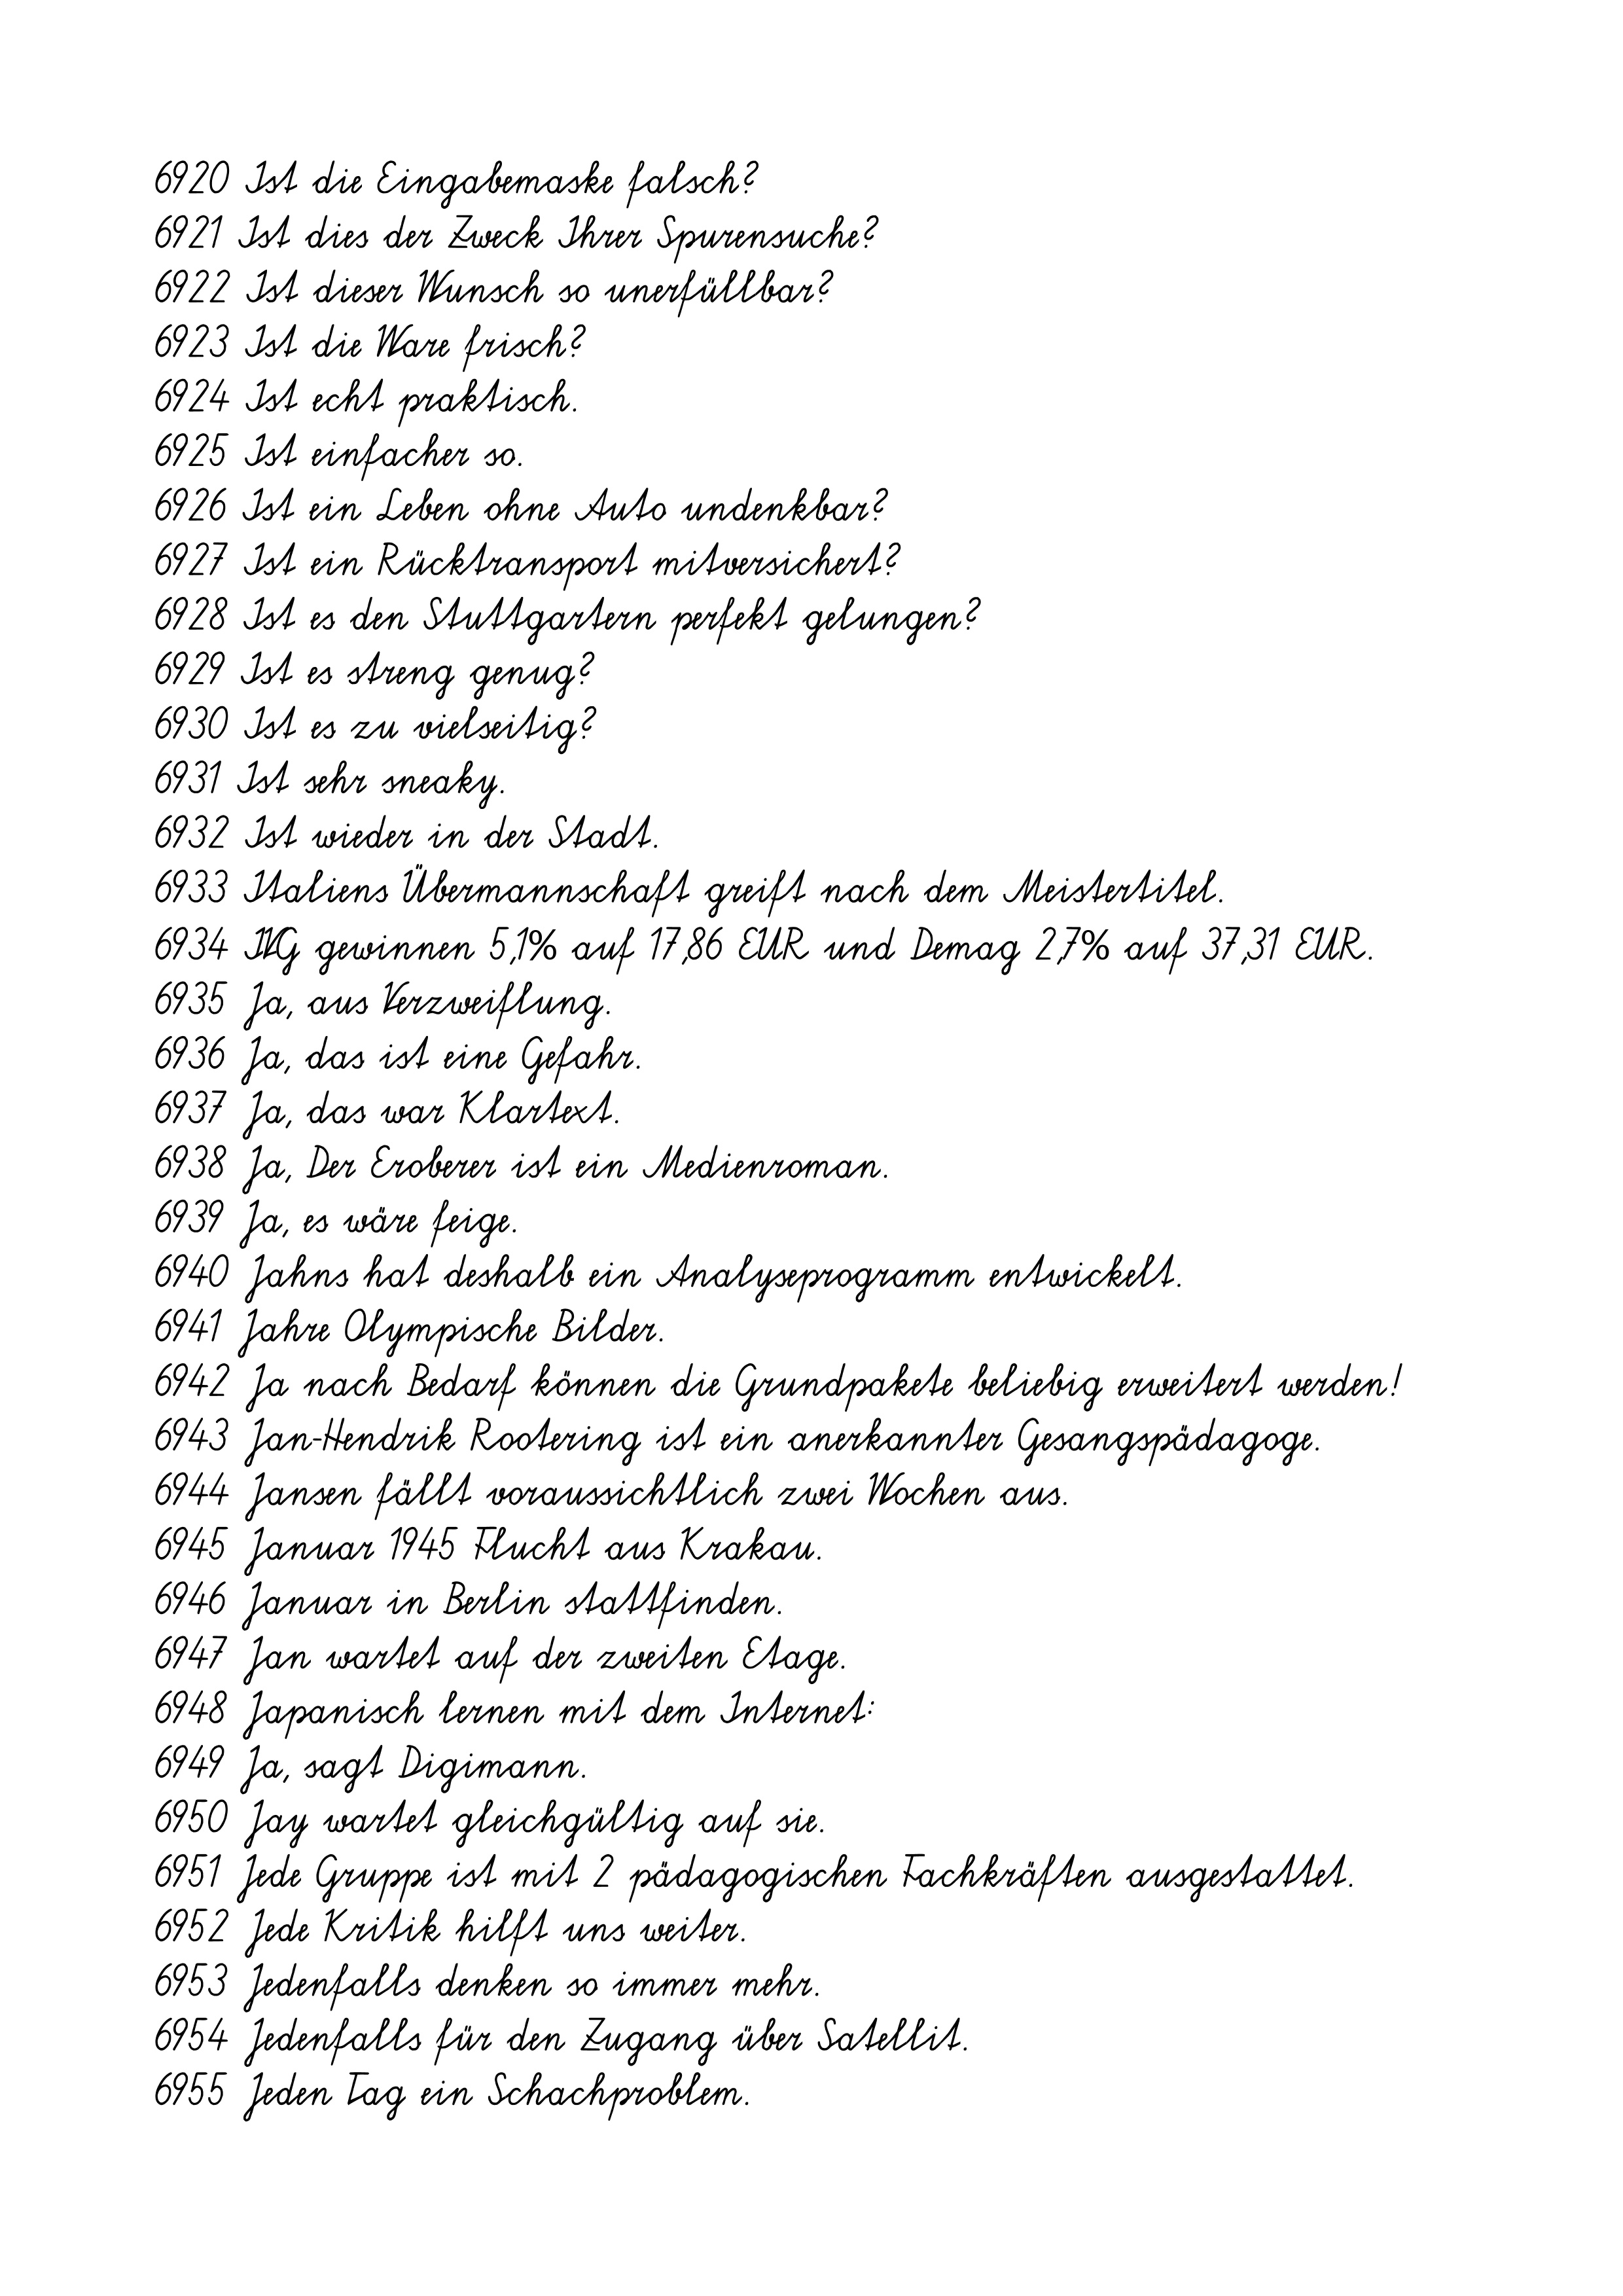
6920 Ist die Eingabemaske falsch?
6921 Ist dies der Zweck Ihrer Spurensuche?
6922 Ist dieser Wunsch so unerfüllbar?
6923 Ist die Ware frisch?
6924 Ist echt praktisch.
6925 Ist einfacher so.
6926 Ist ein Leben ohne Auto undenkbar?
6927 Ist ein Rücktransport mitversichert?
6928 Ist es den Stuttgartern perfekt gelungen?
6929 Ist es streng genug?
6930 Ist es zu vielseitig?
6931 Ist sehr sneaky.
6932 Ist wieder in der Stadt.
6933 Italiens Übermannschaft greift nach dem Meistertitel.
6934 IVG gewinnen 5,1% auf 17,86 EUR und Demag 2,7% auf 37,31 EUR.
6935 Ja, aus Verzweiflung.
6936 Ja, das ist eine Gefahr.
6937 Ja, das war Klartext.
6938 Ja, Der Eroberer ist ein Medienroman.
6939 Ja, es wäre feige.
6940 Jahns hat deshalb ein Analyseprogramm entwickelt.
6941 Jahre Olympische Bilder.
6942 Ja nach Bedarf können die Grundpakete beliebig erweitert werden!
6943 Jan-Hendrik Rootering ist ein anerkannter Gesangspädagoge.
6944 Jansen fällt voraussichtlich zwei Wochen aus.
6945 Januar 1945 Flucht aus Krakau.
6946 Januar in Berlin stattfinden.
6947 Jan wartet auf der zweiten Etage.
6948 Japanisch lernen mit dem Internet:
6949 Ja, sagt Digimann.
6950 Jay wartet gleichgültig auf sie.
6951 Jede Gruppe ist mit 2 pädagogischen Fachkräften ausgestattet.
6952 Jede Kritik hilft uns weiter.
6953 Jedenfalls denken so immer mehr.
6954 Jedenfalls für den Zugang über Satellit.
6955 Jeden Tag ein Schachproblem.